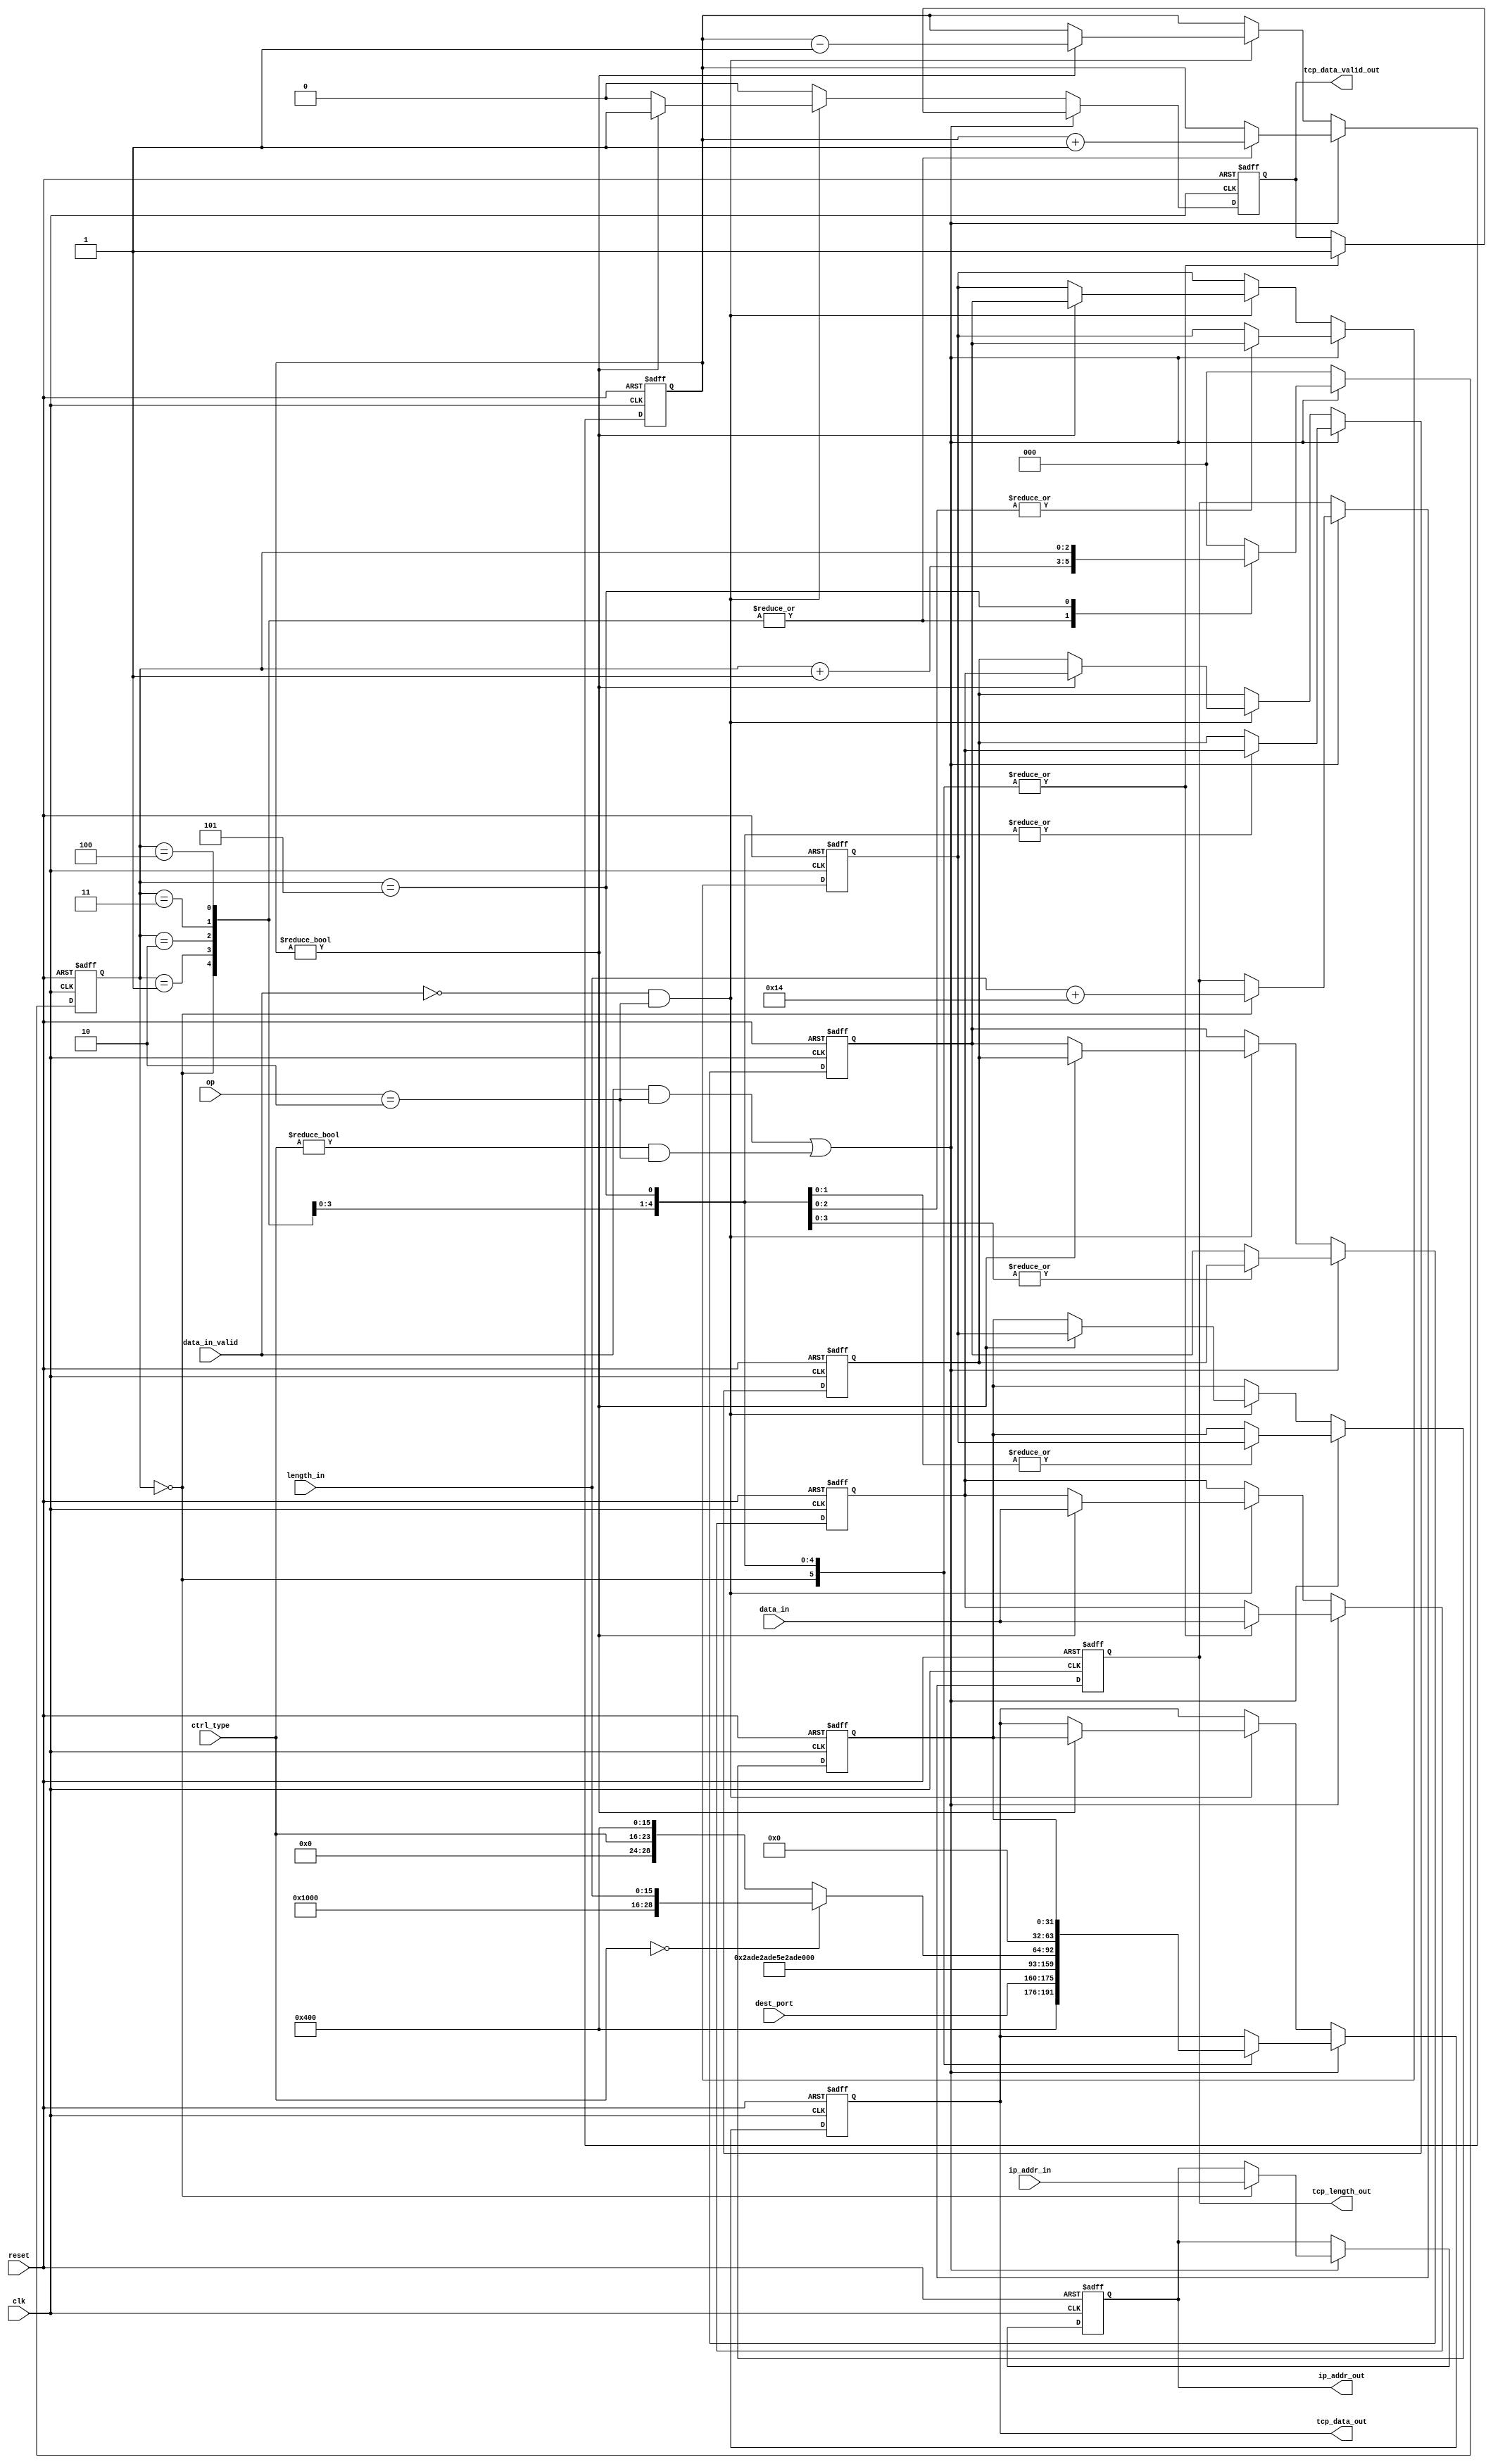
`timescale 1ps/1ps
/******************************************************************
 * Module: tcp_send
 * Project: Packet filter in 10Gb/s network
 * Description:
 * 1) Follow the TCP protocol to send data 
 ******************************************************************/
//TCP packet
//0                           15                             31
//-------------------------------------------------------------
// 16-bit source port          |     16-bit destination port  |
//-------------------------------------------------------------
//                        Sequential number                   |
//-------------------------------------------------------------
//                       Ack Number                           |
//-------------------------------------------------------------
// offset |Reseve(000)|NS|Flag |       Window SIze            |
//------------------------------------------------------------
// 16-bit Checksum 	       |   16-bit urgent pointer      |
//-------------------------------------------------------------
//                        Data                                |
//-------------------------------------------------------------

`define SOURCE_PORT 16'h0400
`define CHECKSUM 16'h0      // no checksum in udp
`define SEQ 32'h55bc55bc
`define ACK 32'hbc55bc55
`define WIN_SIZE 16'h0400
`define URG_PTR 16'h0


module tcp_send(
		input 		  clk,
		input 		  reset,
       // software app interface
		input [31:0] 	  data_in,
		input 		  data_in_valid,
		input [1:0] 	  op, //op=2 means sending TCP packet
		input [7:0] 	  ctrl_type, //control packet, such as SYNC, ACK, FIN and so on.
		input [31:0] 	  ip_addr_in,
		input [15:0] 	  dest_port,
		input [15:0] 	  length_in,
       //tcp data out
		output reg [31:0] ip_addr_out,
		output reg 	  tcp_data_valid_out,
		output reg [31:0] tcp_data_out,
		output reg [15:0] tcp_length_out
       );

   reg [31:0] 			  data_buf1, data_buf2;
   reg [31:0] 			  data_buf3, data_buf4, data_buf5;
   reg [2:0] 			  cnt, buf_cnt;
   always @(posedge clk or posedge reset) begin
      if (reset) begin
	 cnt <= 'h0;
	 buf_cnt <= 'h0;
	 ip_addr_out <= 32'b0;
	 tcp_data_valid_out <= 1'b0;
	 tcp_data_out <= 32'b0;
	 tcp_length_out <= 16'b0;
	 data_buf1 <= 32'b0;
	 data_buf2 <= 32'b0;
	 data_buf3 <= 32'h0;
	 data_buf4 <= 32'h0;
	 data_buf5 <= 32'h0;
      end
      else if ((data_in_valid && op == 'h2) || (ctrl_type != 'h0 && op == 'h2)) begin
	 case(cnt)
	   3'b000: begin
	      $display("Sending TCP packet starts.");
	      tcp_data_out <= {`SOURCE_PORT, dest_port};
	      tcp_data_valid_out <= 1'b1;
	      ip_addr_out <= ip_addr_in;
	      data_buf1 <= data_in;
	      buf_cnt <= buf_cnt + 'h1;
	      cnt <= cnt + 'h1;
	      tcp_length_out <= length_in + 'h14; // TCP header is 20-byte
	   end
	   3'b001: begin
	      tcp_data_out <= `SEQ;
	      tcp_data_valid_out <= 1'b1;
	      data_buf2 <= data_buf1;
	      data_buf1 <= data_in;
	      buf_cnt <= buf_cnt + 'h1;
	      cnt <= cnt + 'h1;
	   end
	   3'b010: begin
	      tcp_data_out <= `ACK;
	      tcp_data_valid_out <= 1'b1;
	      data_buf3 <= data_buf2;
	      data_buf2 <= data_buf1;
	      data_buf1 <= data_in;
	      buf_cnt <= buf_cnt + 'h1;
	      cnt <= cnt + 'h1;
	   end
	   3'b011: begin
	      if (ctrl_type == 'h0) begin
		 tcp_data_out <= {4'h5, 12'h000, length_in};
	      end
	      else begin
		 tcp_data_out <= {4'h4, 4'h0, ctrl_type,  `WIN_SIZE};
	      end
	      tcp_data_valid_out <= 1'b1;
	      data_buf4 <= data_buf3;
	      data_buf3 <= data_buf2;
	      data_buf2 <= data_buf1;
	      data_buf1 <= data_in;
	      buf_cnt <= buf_cnt + 'h1;
	      cnt <= cnt + 'h1;
	   end
	   3'b100: begin
	      tcp_data_out <= {`CHECKSUM, `URG_PTR};
	      tcp_data_valid_out <= 1'b1;
	      data_buf5 <= data_buf4;
	      data_buf4 <= data_buf3;
	      data_buf3 <= data_buf2;
	      data_buf2 <= data_buf1;
	      data_buf1 <= data_in;
	      buf_cnt <= buf_cnt + 'h1;
	      cnt <= cnt + 'h1;
	   end
	   3'b101: begin
	      tcp_data_out <= data_buf5;
	      tcp_data_valid_out <= 1'b1;
	      data_buf5 <= data_buf4;
	      data_buf4 <= data_buf3;
	      data_buf3 <= data_buf2;
	      data_buf2 <= data_buf1;
	      data_buf1 <= data_in;
	   end
	   default: cnt <= 'h0;
	 endcase // case (cnt)
      end // if (data_in_valid && op == 'h2)
      else if (!data_in_valid && op == 'h2) begin
	 if (buf_cnt != 3'h0) begin
	    tcp_data_valid_out <= 1'b1;
	    tcp_data_out <= data_buf5;
	    data_buf5 <= data_buf4;
	    data_buf4 <= data_buf3;
	    data_buf3 <= data_buf2;
	    data_buf2 <= data_buf1;
	    data_buf1 <= data_in;
	    buf_cnt <= buf_cnt - 'h1;
	    cnt <= 2'h0;
	 end
	 else begin
//	    $display("Sending TCP packet ends.");
	    
	    tcp_data_valid_out <= 1'b0;
	    cnt <= 'h0;
	 end // else: !if(buf_cnt != 3'h0)
      end // if (!data_in_valid && op == 'h2)
      else begin
	 tcp_data_valid_out <= 1'b0;
	 cnt <= 'h0;
      end // else: !if(!data_in_valid && op == 'h2)
   end // always @ (posedge clk)
endmodule // input